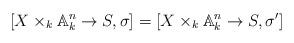
LaTeX: \begin{align*}[X\times_k\mathbb A_k^n\to S,\sigma]=[X\times_k\mathbb A_k^n\to S,\sigma']\end{align*}